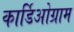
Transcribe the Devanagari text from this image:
कार्डिओग्राम